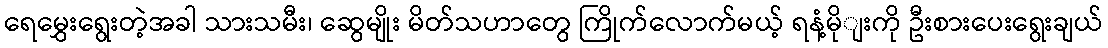
ရေမွှေးရွေးတဲ့အခါ သားသမီး၊ ဆွေမျိုး မိတ်သဟာတွေ ကြိုက်လောက်မယ့် ရနံ့မိုျးကို ဦးစားပေးရွေးချယ်